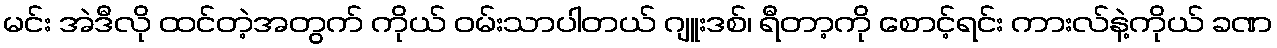
မင်း အဲဒီလို ထင်တဲ့အတွက် ကိုယ် ဝမ်းသာပါတယ် ဂျူးဒစ်၊ ရီတာ့ကို စောင့်ရင်း ကားလ်နဲ့ကိုယ် ခဏ